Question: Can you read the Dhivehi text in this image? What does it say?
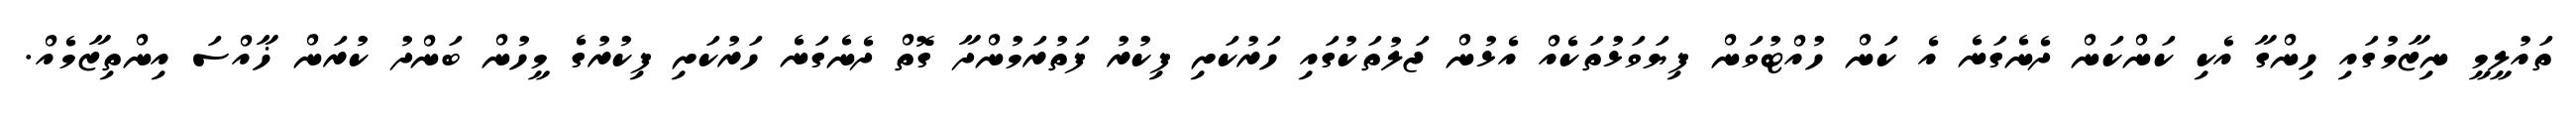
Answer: ތައުލީމީ ނިޒާމުގައި ހިންގާ އެކި ކަންކަން ދެނެގަނެ އެ ކަން ހުއްޓުވަން ފިޔަވަޅުތަކެއް އެޅުން ޖަލުތަކުގައި ހަރުކަށި ފިކުރު ފަތުރަމުންދާ ގޮތް ދެނެގަނެ ހަރުކަށި ފިކުރުގެ މީހުން ބަންދު ކުރަން ޚާއްސަ އިންތިޒާމެއް.